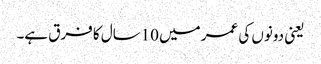
یعنی دونوں کی عمر میں 10سال کا فرق ہے۔